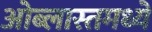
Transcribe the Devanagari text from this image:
ओब्लास्तमध्ये